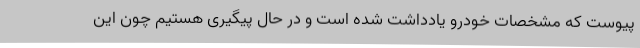
پیوست که مشخصات خودرو یادداشت شده است و در حال پیگیری هستیم چون این